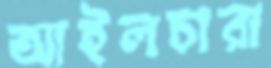
আইলচারা